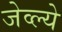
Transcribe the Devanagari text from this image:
जेव्ल्ये